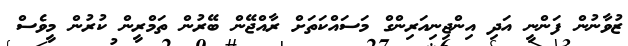
ޒުވާނުން ފަންނީ އަދި އިންޖިނިއަރިންގް މަސައްކަތަށް ރާއްޖޭން ބޭރުން ތަމްރީން ކުރުން މީވެސް